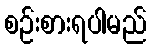
စဉ်းစားရပါမည်